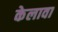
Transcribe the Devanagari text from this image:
केलावा